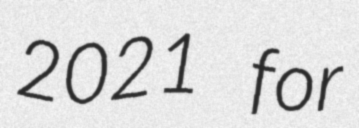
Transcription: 2021 for